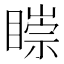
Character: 𥊠